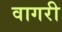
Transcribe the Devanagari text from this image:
वागरी